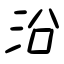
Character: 沿